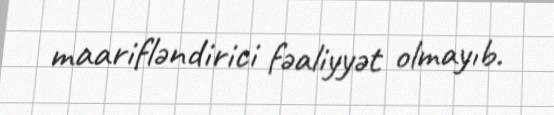
maarifləndirici fəaliyyət olmayıb.